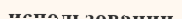
использовании